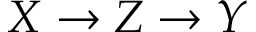
X \rightarrow Z \rightarrow Y